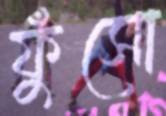
ফুঁসো